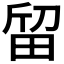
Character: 𱰵